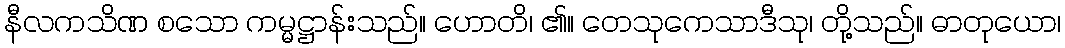
နီလကသိဏ စသော ကမ္မဋ္ဌာန်းသည်။ ဟောတိ၊ ၏။ တေသုကေသာဒီသု၊ တို့သည်။ ဓာတုယော၊